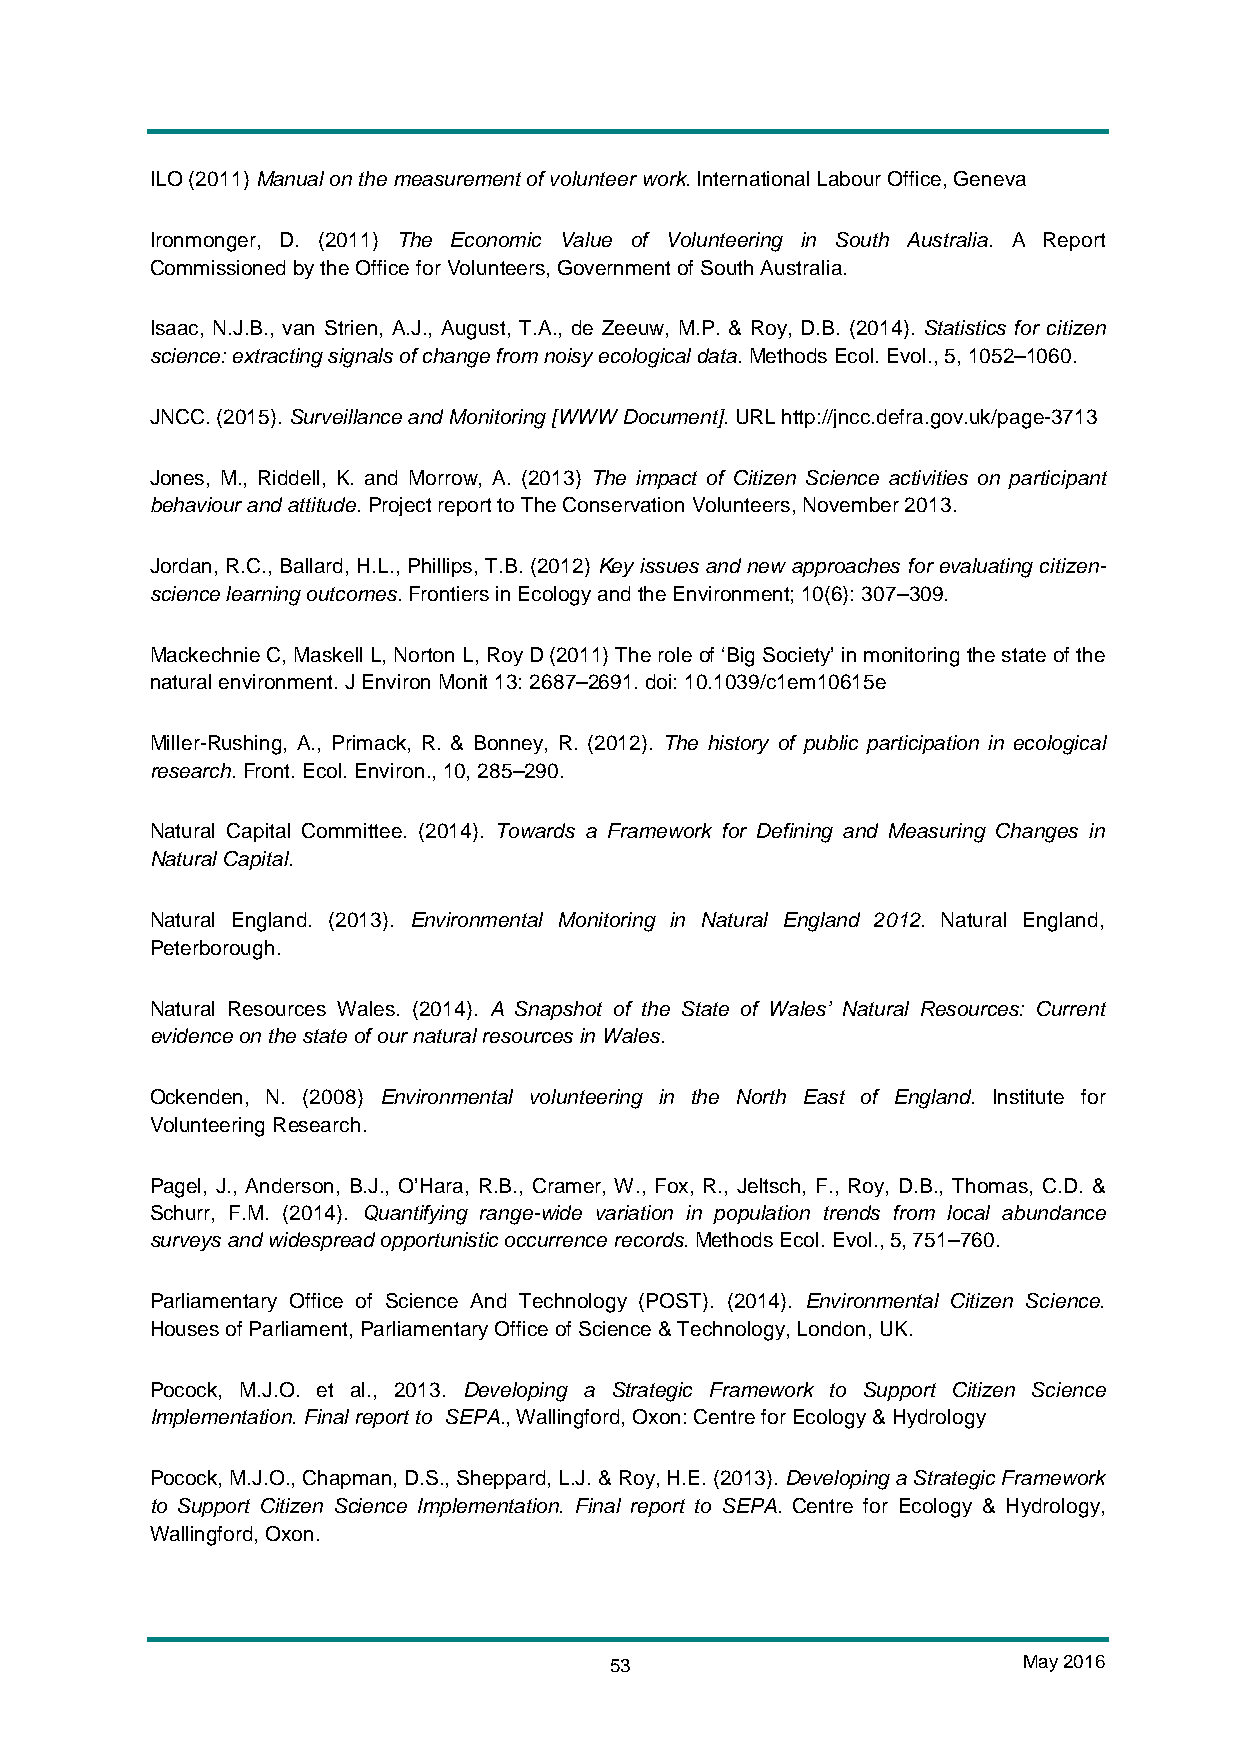
ILO (2011) Manual on the measurement of volunteer work. International Labour Office, Geneva
 Ironmonger, D. (2011) The Economic Value of Volunteering in South Australia. A Report
 Commissioned by the Office for Volunteers, Government of South Australia.
 Isaac, N.J.B., van Strien, A.J., August, T.A., de Zeeuw, M.P. & Roy, D.B. (2014). Statistics for citizen
 science: extracting signals of change from noisy ecological data. Methods Ecol. Evol., 5, 1052–1060.
 JNCC. (2015). Surveillance and Monitoring [WWW Document]. URL http://jncc.defra.gov.uk/page-3713
 Jones, M., Riddell, K. and Morrow, A. (2013) The impact of Citizen Science activities on participant
 behaviour and attitude. Project report to The Conservation Volunteers, November 2013.
 Jordan, R.C., Ballard, H.L., Phillips, T.B. (2012) Key issues and new approaches for evaluating citizen-
 science learning outcomes. Frontiers in Ecology and the Environment; 10(6): 307–309.
 Mackechnie C, Maskell L, Norton L, Roy D (2011) The role of ‘Big Society’ in monitoring the state of the
 natural environment. J Environ Monit 13: 2687–2691. doi: 10.1039/c1em10615e
 Miller-Rushing, A., Primack, R. & Bonney, R. (2012). The history of public participation in ecological
 research. Front. Ecol. Environ., 10, 285–290.
 Natural Capital Committee. (2014). Towards a Framework for Defining and Measuring Changes in
 Natural Capital.
 Natural England. (2013). Environmental Monitoring in Natural England 2012. Natural England,
 Peterborough.
 Natural Resources Wales. (2014). A Snapshot of the State of Wales’ Natural Resources: Current
 evidence on the state of our natural resources in Wales.
 Ockenden, N. (2008) Environmental volunteering in the North East of England. Institute for
 Volunteering Research.
 Pagel, J., Anderson, B.J., O’Hara, R.B., Cramer, W., Fox, R., Jeltsch, F., Roy, D.B., Thomas, C.D. &
 Schurr, F.M. (2014). Quantifying range-wide variation in population trends from local abundance
 surveys and widespread opportunistic occurrence records. Methods Ecol. Evol., 5, 751–760.
 Parliamentary Office of Science And Technology (POST). (2014). Environmental Citizen Science.
 Houses of Parliament, Parliamentary Office of Science & Technology, London, UK.
 Pocock, M.J.O. et al., 2013. Developing a Strategic Framework to Support Citizen Science
 Implementation. Final report to SEPA., Wallingford, Oxon: Centre for Ecology & Hydrology
 Pocock, M.J.O., Chapman, D.S., Sheppard, L.J. & Roy, H.E. (2013). Developing a Strategic Framework
 to Support Citizen Science Implementation. Final report to SEPA. Centre for Ecology & Hydrology,
 Wallingford, Oxon.
 53                          May 2016